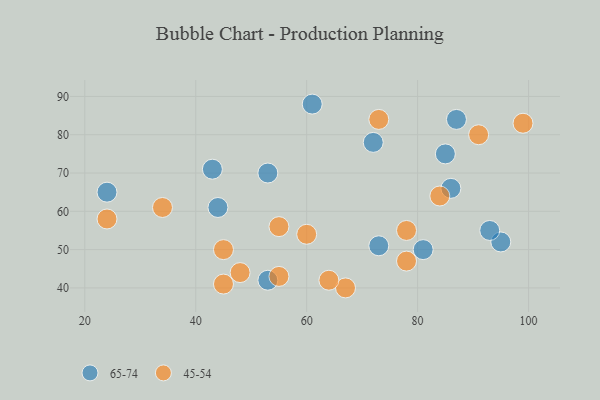
{"axis": {"x": "GDP", "y": "Life Expectancy"}, "legend": ["45-54", "65-74"], "data": [{"x": "73", "y": 51, "type": "65-74"}, {"x": "85", "y": 75, "type": "65-74"}, {"x": "24", "y": 65, "type": "65-74"}, {"x": "95", "y": 52, "type": "65-74"}, {"x": "81", "y": 50, "type": "65-74"}, {"x": "43", "y": 71, "type": "65-74"}, {"x": "53", "y": 42, "type": "65-74"}, {"x": "87", "y": 84, "type": "65-74"}, {"x": "86", "y": 66, "type": "65-74"}, {"x": "44", "y": 61, "type": "65-74"}, {"x": "53", "y": 70, "type": "65-74"}, {"x": "61", "y": 88, "type": "65-74"}, {"x": "72", "y": 78, "type": "65-74"}, {"x": "93", "y": 55, "type": "65-74"}, {"x": "45", "y": 50, "type": "45-54"}, {"x": "84", "y": 64, "type": "45-54"}, {"x": "48", "y": 44, "type": "45-54"}, {"x": "73", "y": 84, "type": "45-54"}, {"x": "34", "y": 61, "type": "45-54"}, {"x": "45", "y": 41, "type": "45-54"}, {"x": "55", "y": 43, "type": "45-54"}, {"x": "78", "y": 47, "type": "45-54"}, {"x": "60", "y": 54, "type": "45-54"}, {"x": "24", "y": 58, "type": "45-54"}, {"x": "78", "y": 55, "type": "45-54"}, {"x": "91", "y": 80, "type": "45-54"}, {"x": "99", "y": 83, "type": "45-54"}, {"x": "67", "y": 40, "type": "45-54"}, {"x": "64", "y": 42, "type": "45-54"}, {"x": "55", "y": 56, "type": "45-54"}]}